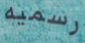
رسميه